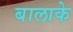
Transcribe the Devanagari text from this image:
बालाके